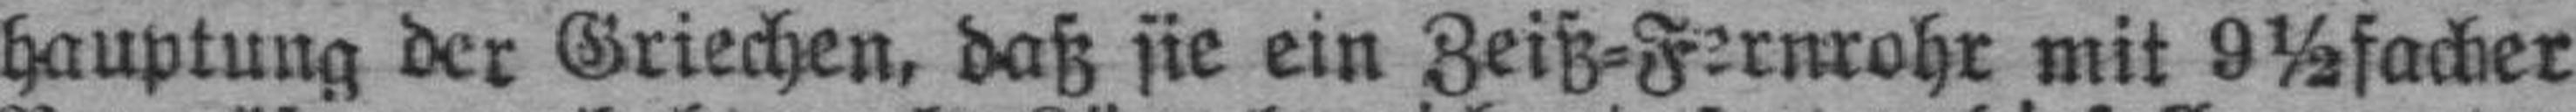
hauptung der Griechen, daß sie ein Zeiß=Fernrohr mit 9½facher